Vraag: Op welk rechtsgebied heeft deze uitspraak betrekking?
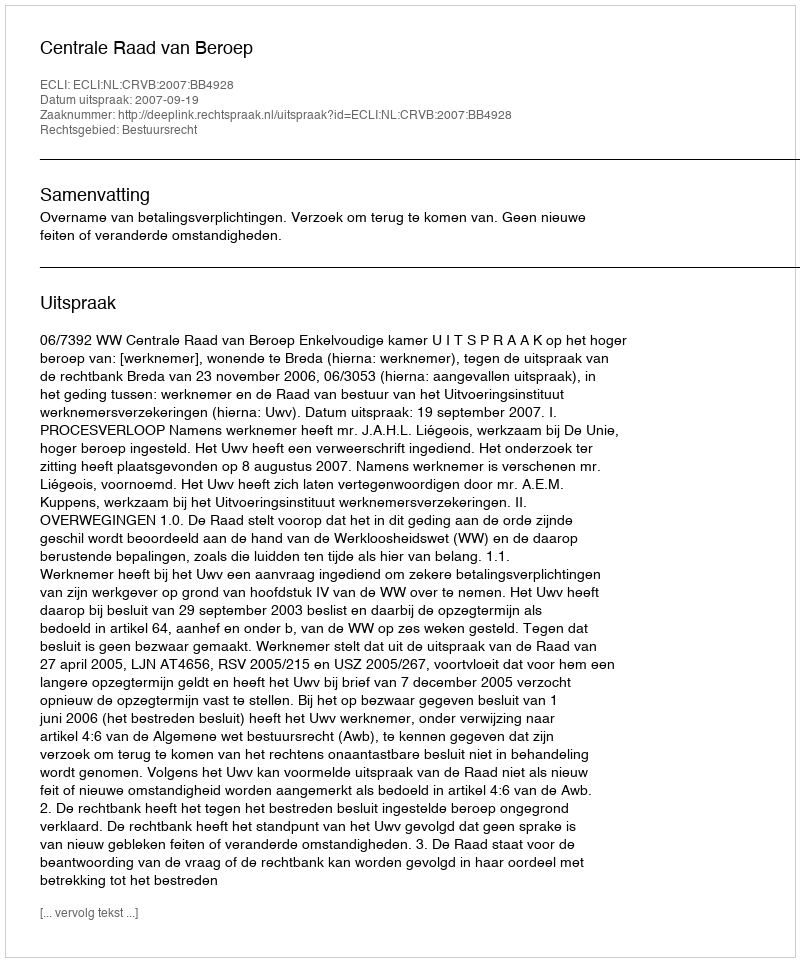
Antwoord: Bestuursrecht